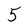
Character: 5